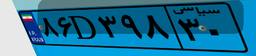
۹۹D۴۸۹۵۰